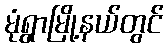
မုံရွာမြို့နယ်တွင်